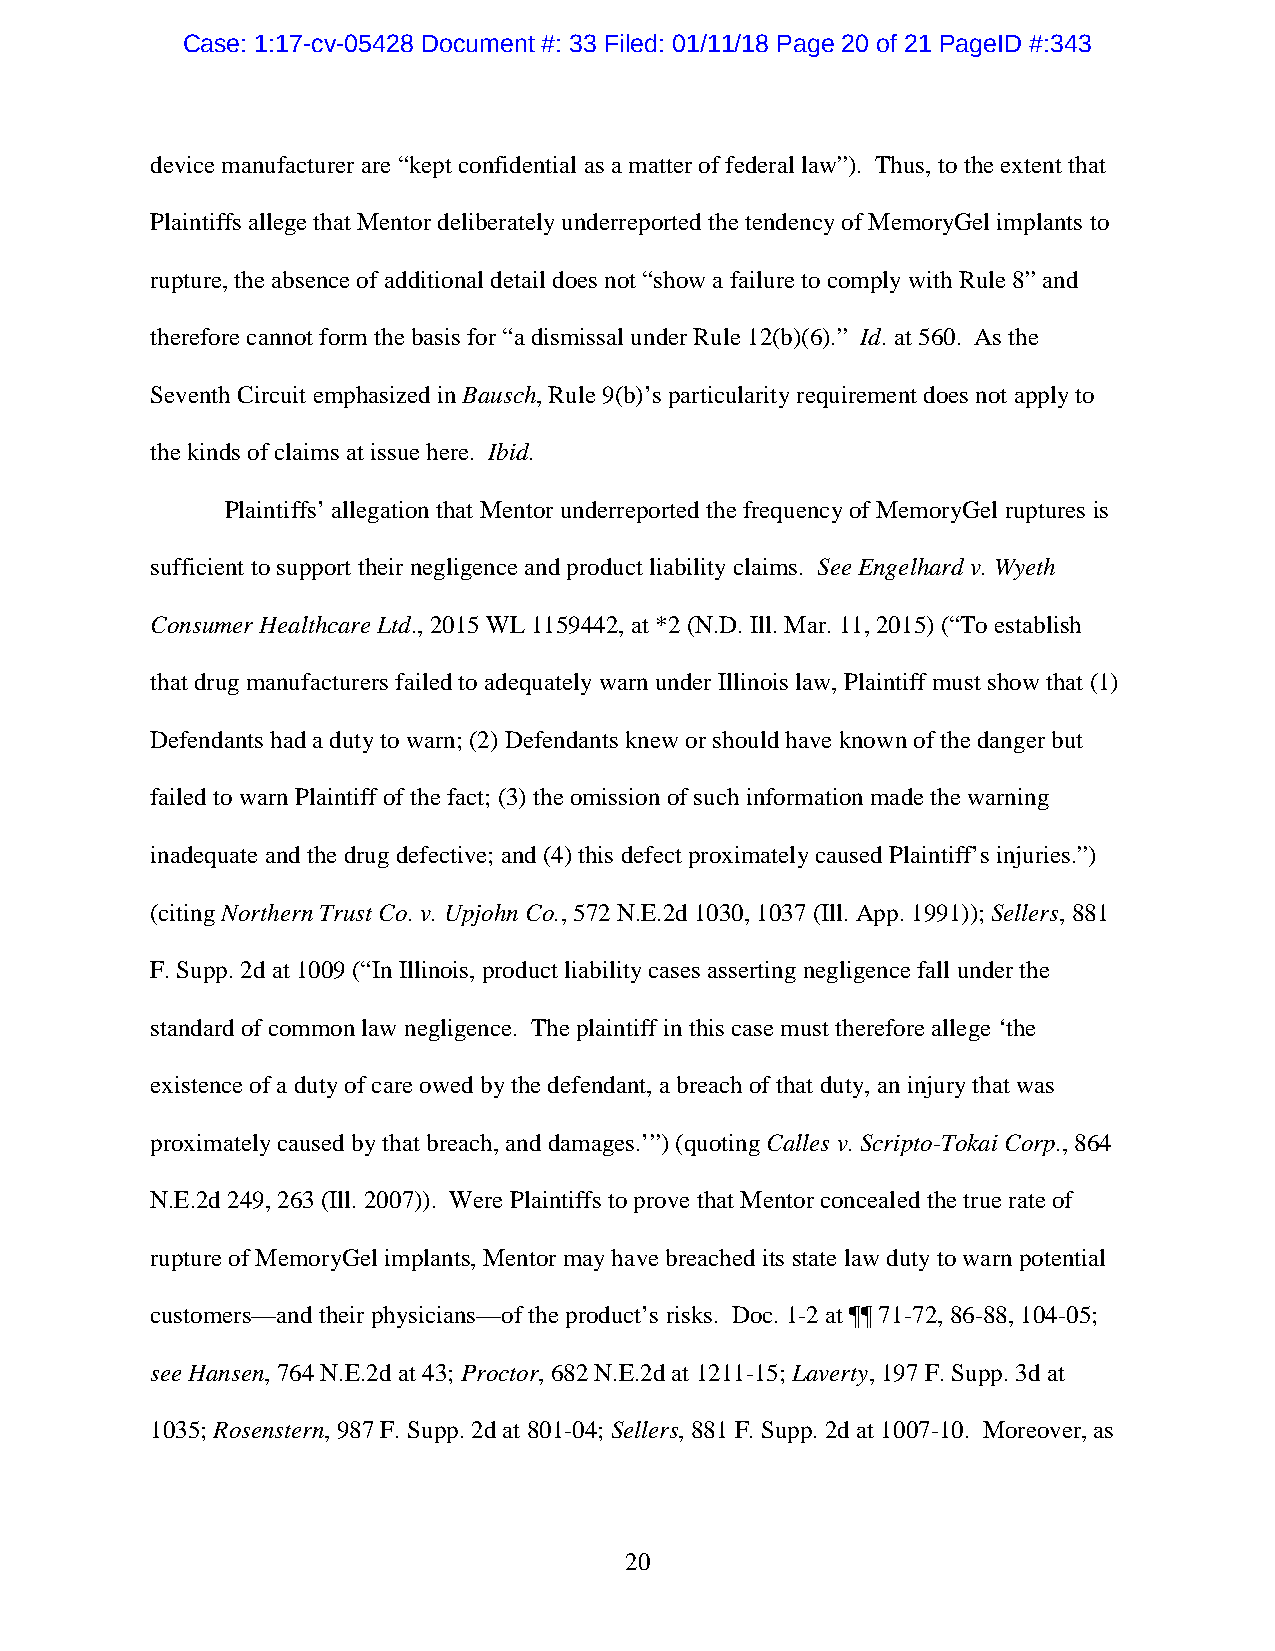
Case: 1:17-cv-05428 Document #: 33 Filed: 01/11/18 Page 20 of 21 PageID #:343
 device manufacturer are “kept confidential as a matter of federal law”). Thus, to the extent that
 Plaintiffs allege that Mentor deliberately underreported the tendency of MemoryGel implants to
 rupture, the absence of additional detail does not “show a failure to comply with Rule 8” and
 therefore cannot form the basis for “a dismissal under Rule 12(b)(6).” Id. at 560. As the
 Seventh Circuit emphasized in Bausch, Rule 9(b)’s particularity requirement does not apply to
 the kinds of claims at issue here. Ibid.
 Plaintiffs’ allegation that Mentor underreported the frequency of MemoryGel ruptures is
 sufficient to support their negligence and product liability claims. See Engelhard v. Wyeth
 Consumer Healthcare Ltd., 2015 WL 1159442, at *2 (N.D. Ill. Mar. 11, 2015) (“To establish
 that drug manufacturers failed to adequately warn under Illinois law, Plaintiff must show that (1)
 Defendants had a duty to warn; (2) Defendants knew or should have known of the danger but
 failed to warn Plaintiff of the fact; (3) the omission of such information made the warning
 inadequate and the drug defective; and (4) this defect proximately caused Plaintiff’s injuries.”)
 (citing Northern Trust Co. v. Upjohn Co., 572 N.E.2d 1030, 1037 (Ill. App. 1991)); Sellers, 881
 F. Supp. 2d at 1009 (“In Illinois, product liability cases asserting negligence fall under the
 standard of common law negligence. The plaintiff in this case must therefore allege ‘the
 existence of a duty of care owed by the defendant, a breach of that duty, an injury that was
 proximately caused by that breach, and damages.’”) (quoting Calles v. Scripto-Tokai Corp., 864
 N.E.2d 249, 263 (Ill. 2007)). Were Plaintiffs to prove that Mentor concealed the true rate of
 rupture of MemoryGel implants, Mentor may have breached its state law duty to warn potential
 customers—and their physicians—of the product’s risks. Doc. 1-2 at ¶¶ 71-72, 86-88, 104-05;
 see Hansen, 764 N.E.2d at 43; Proctor, 682 N.E.2d at 1211-15; Laverty, 197 F. Supp. 3d at
 1035; Rosenstern, 987 F. Supp. 2d at 801-04; Sellers, 881 F. Supp. 2d at 1007-10. Moreover, as
 20